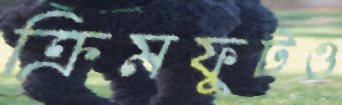
ক্রিমফুটও